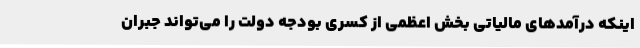
اینکه درآمدهای مالیاتی بخش اعظمی از کسری بودجه دولت را می‌تواند جبران